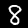
Label: 8